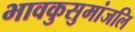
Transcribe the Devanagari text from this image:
भावकुसुमांजलि